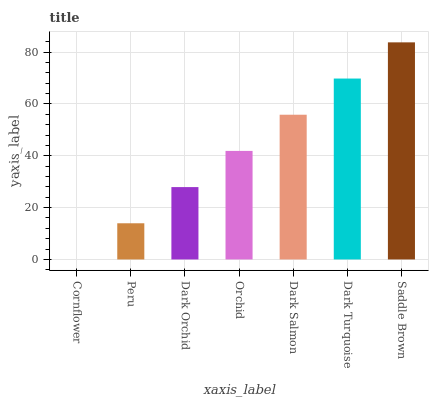
| xaxis_label | bars |
 | --- | --- |
 | Cornflower | 0 |
 | Peru | 14 |
 | Dark Orchid | 27.9 |
 | Orchid | 41.9 |
 | Dark Salmon | 55.8 |
 | Dark Turquoise | 69.8 |
 | Saddle Brown | 83.7 |